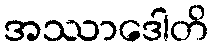
အဿာဒေါတိ